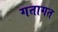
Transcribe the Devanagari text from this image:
गतागत